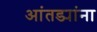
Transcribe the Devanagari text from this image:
आंतड्यांना